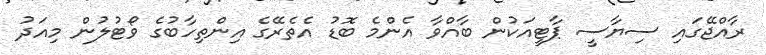
ރާއްޖޭގައި ސިޔާސީ ޕާޓީއަކުން ބާއްވާ އެންމެ ބޮޑު އެތެރޭގެ އިންތިހާބުގެ ވޯޓުލުން މިއަދު